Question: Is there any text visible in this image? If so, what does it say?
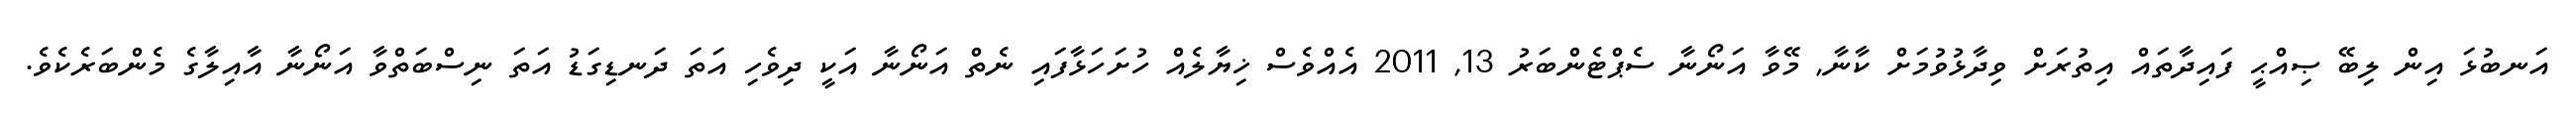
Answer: އަނބުޅަ އިން ލިބޭ ޞިއްޙީ ފައިދާތައް އިތުރަށް ވިދާޅުވުމަށް ކާނާ, މޭވާ އަނޯނާ ސެޕްޓެންބަރު 13, 2011 އެއްވެސް ޚިޔާލެއް ހުށަހަޅާފައި ނެތް އަނޯނާ އަކީ ދިވެހި އަތަ ދަނޑިގަޑު އަތަ ނިސްބަތްވާ އަނޯނާ އާއިލާގެ މެންބަރެކެވެ.